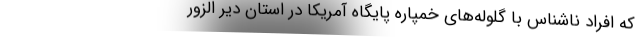
که افراد ناشناس با گلوله‌های خمپاره پایگاه آمریکا در استان دیر الزور